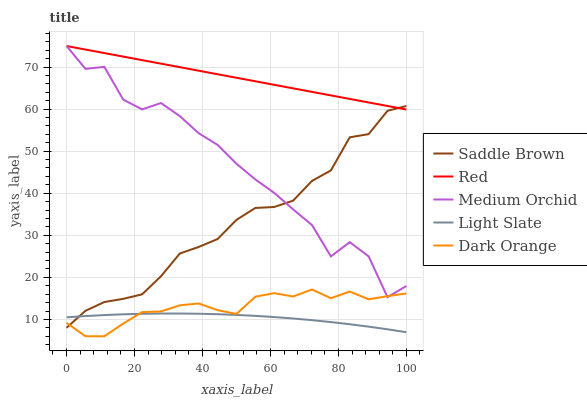
| xaxis_label | Saddle Brown | Red | Medium Orchid | Light Slate | Dark Orange |
 | --- | --- | --- | --- | --- | --- |
 | 0 | 8.01 | 75 | 75 | 10.5 | 9.18 |
 | 5.56 | 12.1 | 74.2 | 69.6 | 10.8 | 6 |
 | 11.1 | 14.1 | 73.3 | 70 | 11 | 6 |
 | 16.7 | 14.9 | 72.5 | 62.3 | 11.2 | 9 |
 | 22.2 | 16 | 71.6 | 59.9 | 11.3 | 11.7 |
 | 27.8 | 20.3 | 70.8 | 61.4 | 11.4 | 11.9 |
 | 33.3 | 25.7 | 70 | 58.3 | 11.4 | 13.4 |
 | 38.9 | 27.2 | 69.1 | 54.3 | 11.4 | 13.8 |
 | 44.4 | 29.1 | 68.3 | 51.5 | 11.2 | 12.2 |
 | 50 | 33.7 | 67.5 | 47 | 11.1 | 11.3 |
 | 55.6 | 36.5 | 66.6 | 43.3 | 10.8 | 15.4 |
 | 61.1 | 36.7 | 65.8 | 40.1 | 10.6 | 16.2 |
 | 66.7 | 38.2 | 64.9 | 36.2 | 10.2 | 15.5 |
 | 72.2 | 42.9 | 64.1 | 32.4 | 9.83 | 17.1 |
 | 77.8 | 45.4 | 63.3 | 25 | 9.37 | 15 |
 | 83.3 | 53.3 | 62.4 | 28.4 | 8.86 | 16.6 |
 | 88.9 | 54.1 | 61.6 | 25 | 8.28 | 14.8 |
 | 94.4 | 59.6 | 60.7 | 15.3 | 7.65 | 15.5 |
 | 100 | 60.7 | 59.9 | 17.9 | 6.97 | 16.2 |